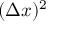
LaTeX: ( \Delta x ) ^ { 2 }